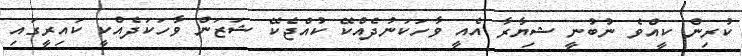
ކުރިން ކީއްވެ ނުބުނީ ޝިޔާރާ އެއީ ވާހަކަނުދެއްކޭ ކުއްޖެކޭ ޝަޒަން ވާހަކަދެއްކީ ކައިރީގައި